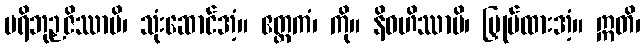
ပရိဘုဉှဇိဿာမိ၊ သုံးဆောင်အံ့။ ဧတ္တကံ၊ ကို။ နိဓဟိဿာမိ၊ မြှုပ်ထားအံ့။ ဣတိ၊